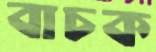
বাচক